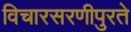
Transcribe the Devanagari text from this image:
विचारसरणीपुरते